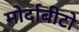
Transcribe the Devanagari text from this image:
मोर्दाबीटो